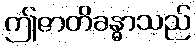
ဤဇာတိခန္ဓာသည်